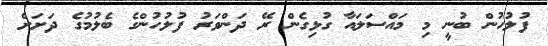
ފުލުހުން ބުނީ މި މައްސަލައާ ގުޅިގެން ރޭ ދަންވަރު ފުލުހުންގެ ބެލުމުގެ ދަށަށް